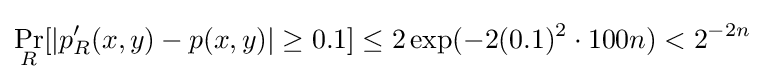
\Pr _{R}[|p'_{R}(x,y)-p(x,y)|\geq 0.1]\leq 2\exp(-2(0.1)^{2}\cdot 100n)<2^{-2n}